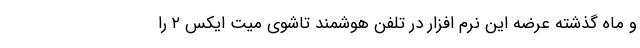
و ماه گذشته عرضه این نرم افزار در تلفن هوشمند تاشوی میت ایکس ۲ را